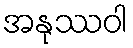
အနုဿဝါ